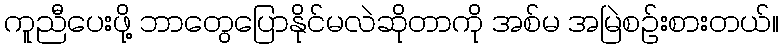
ကူညီပေးဖို့ ဘာတွေပြောနိုင်မလဲဆိုတာကို အစ်မ အမြဲစဉ်းစားတယ်။